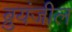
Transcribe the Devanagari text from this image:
ब्रुयंजील